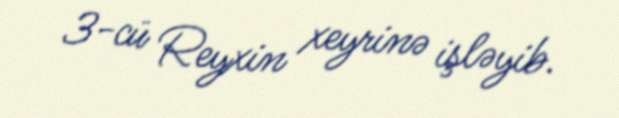
3-cü Reyxin xeyrinə işləyib.